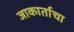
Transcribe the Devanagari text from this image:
जाकार्ताचा